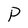
Character: P